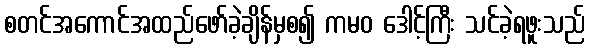
စတင်အကောင်အထည်ဖော်ခဲ့ချိန်မှစ၍ ကမဝ ဒေါင့်ကြီး သင်ခဲ့ရဖူးသည်